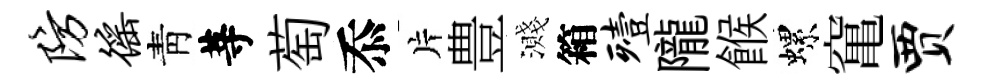
防徭靑䓁萄忝片豊濺箱殪隴餱螺𥧄贾